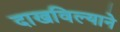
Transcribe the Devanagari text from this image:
दाखविल्याने